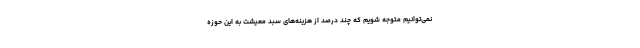
نمی‌توانیم متوجه شویم که چند درصد از هزینه‌های سبد معیشت به این حوزه